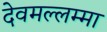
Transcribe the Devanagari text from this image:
देवमल्लम्मा